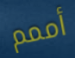
أممم